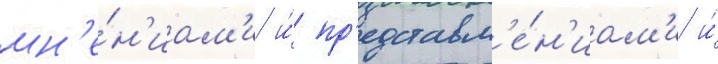
мн'е́н'иам'и и́ пр'едставл'е́н'иам'и и́